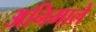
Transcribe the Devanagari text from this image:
अनिमाले